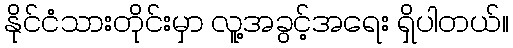
နိုင်ငံသားတိုင်းမှာ လူ့အခွင့်အရေး ရှိပါတယ်။